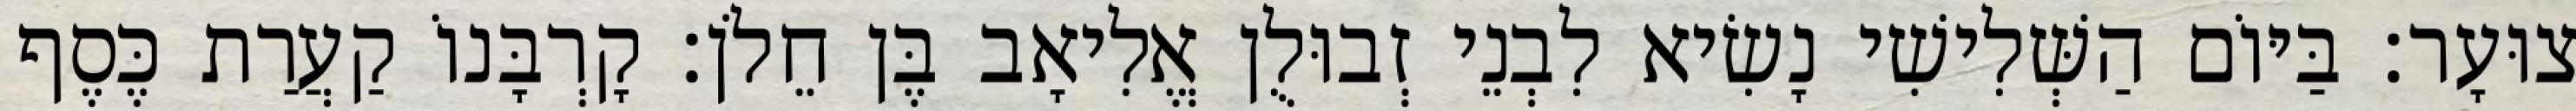
צוּעָר׃ בַּיּוֹם הַשְּׁלִישִׁי נָשִׂיא לִבְנֵי זְבוּלֻן אֱלִיאָב בֶּן חֵלֹן׃ קָרְבָּנוֹ קַעֲרַת כֶּסֶף